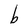
Character: b